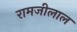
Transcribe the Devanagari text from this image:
रामजीलाल